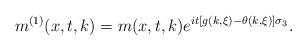
LaTeX: \begin{align*} m^{(1)}(x,t,k)=m(x,t,k)e^{it[g(k,\xi)-\theta(k,\xi)]\sigma_3}.\end{align*}